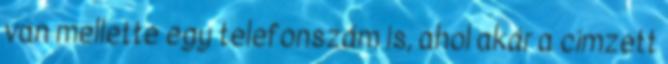
van mellette egy telefonszám is, ahol akár a címzett